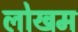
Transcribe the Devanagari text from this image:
लोखम